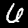
Label: 6